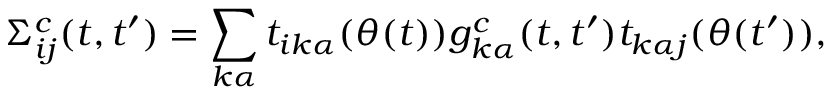
\Sigma _ { i j } ^ { c } ( t , t ^ { \prime } ) = \sum _ { k \alpha } t _ { i k \alpha } ( \theta ( t ) ) g _ { k \alpha } ^ { c } ( t , t ^ { \prime } ) t _ { k \alpha j } ( \theta ( t ^ { \prime } ) ) ,